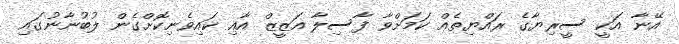
އޭނާ އަކީ ސީރިޔާގެ ރައްޔިތެއް ކަމަށްވާ ފާސިލާ އަޒީޒް އާއި ކައިވެނިކޮށްގެން ލުބުނާނުގައި